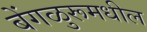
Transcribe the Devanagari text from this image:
बेंगळुरूमधील